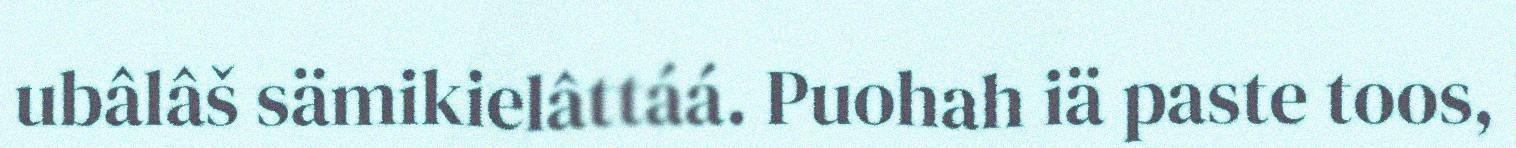
ubâlâš sämikielâttáá. Puohah iä paste toos,